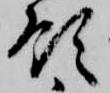
領